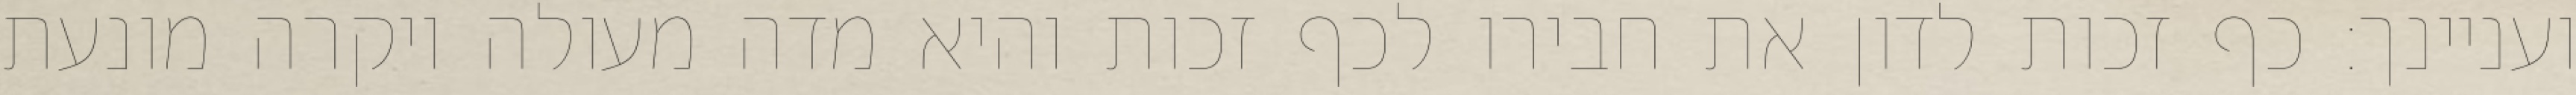
ועניינך: כף זכות לדון את חבירו לכף זכות והיא מדה מעולה ויקרה מונעת